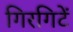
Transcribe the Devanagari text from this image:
गिरगिटें